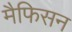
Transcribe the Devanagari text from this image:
मैफिसन